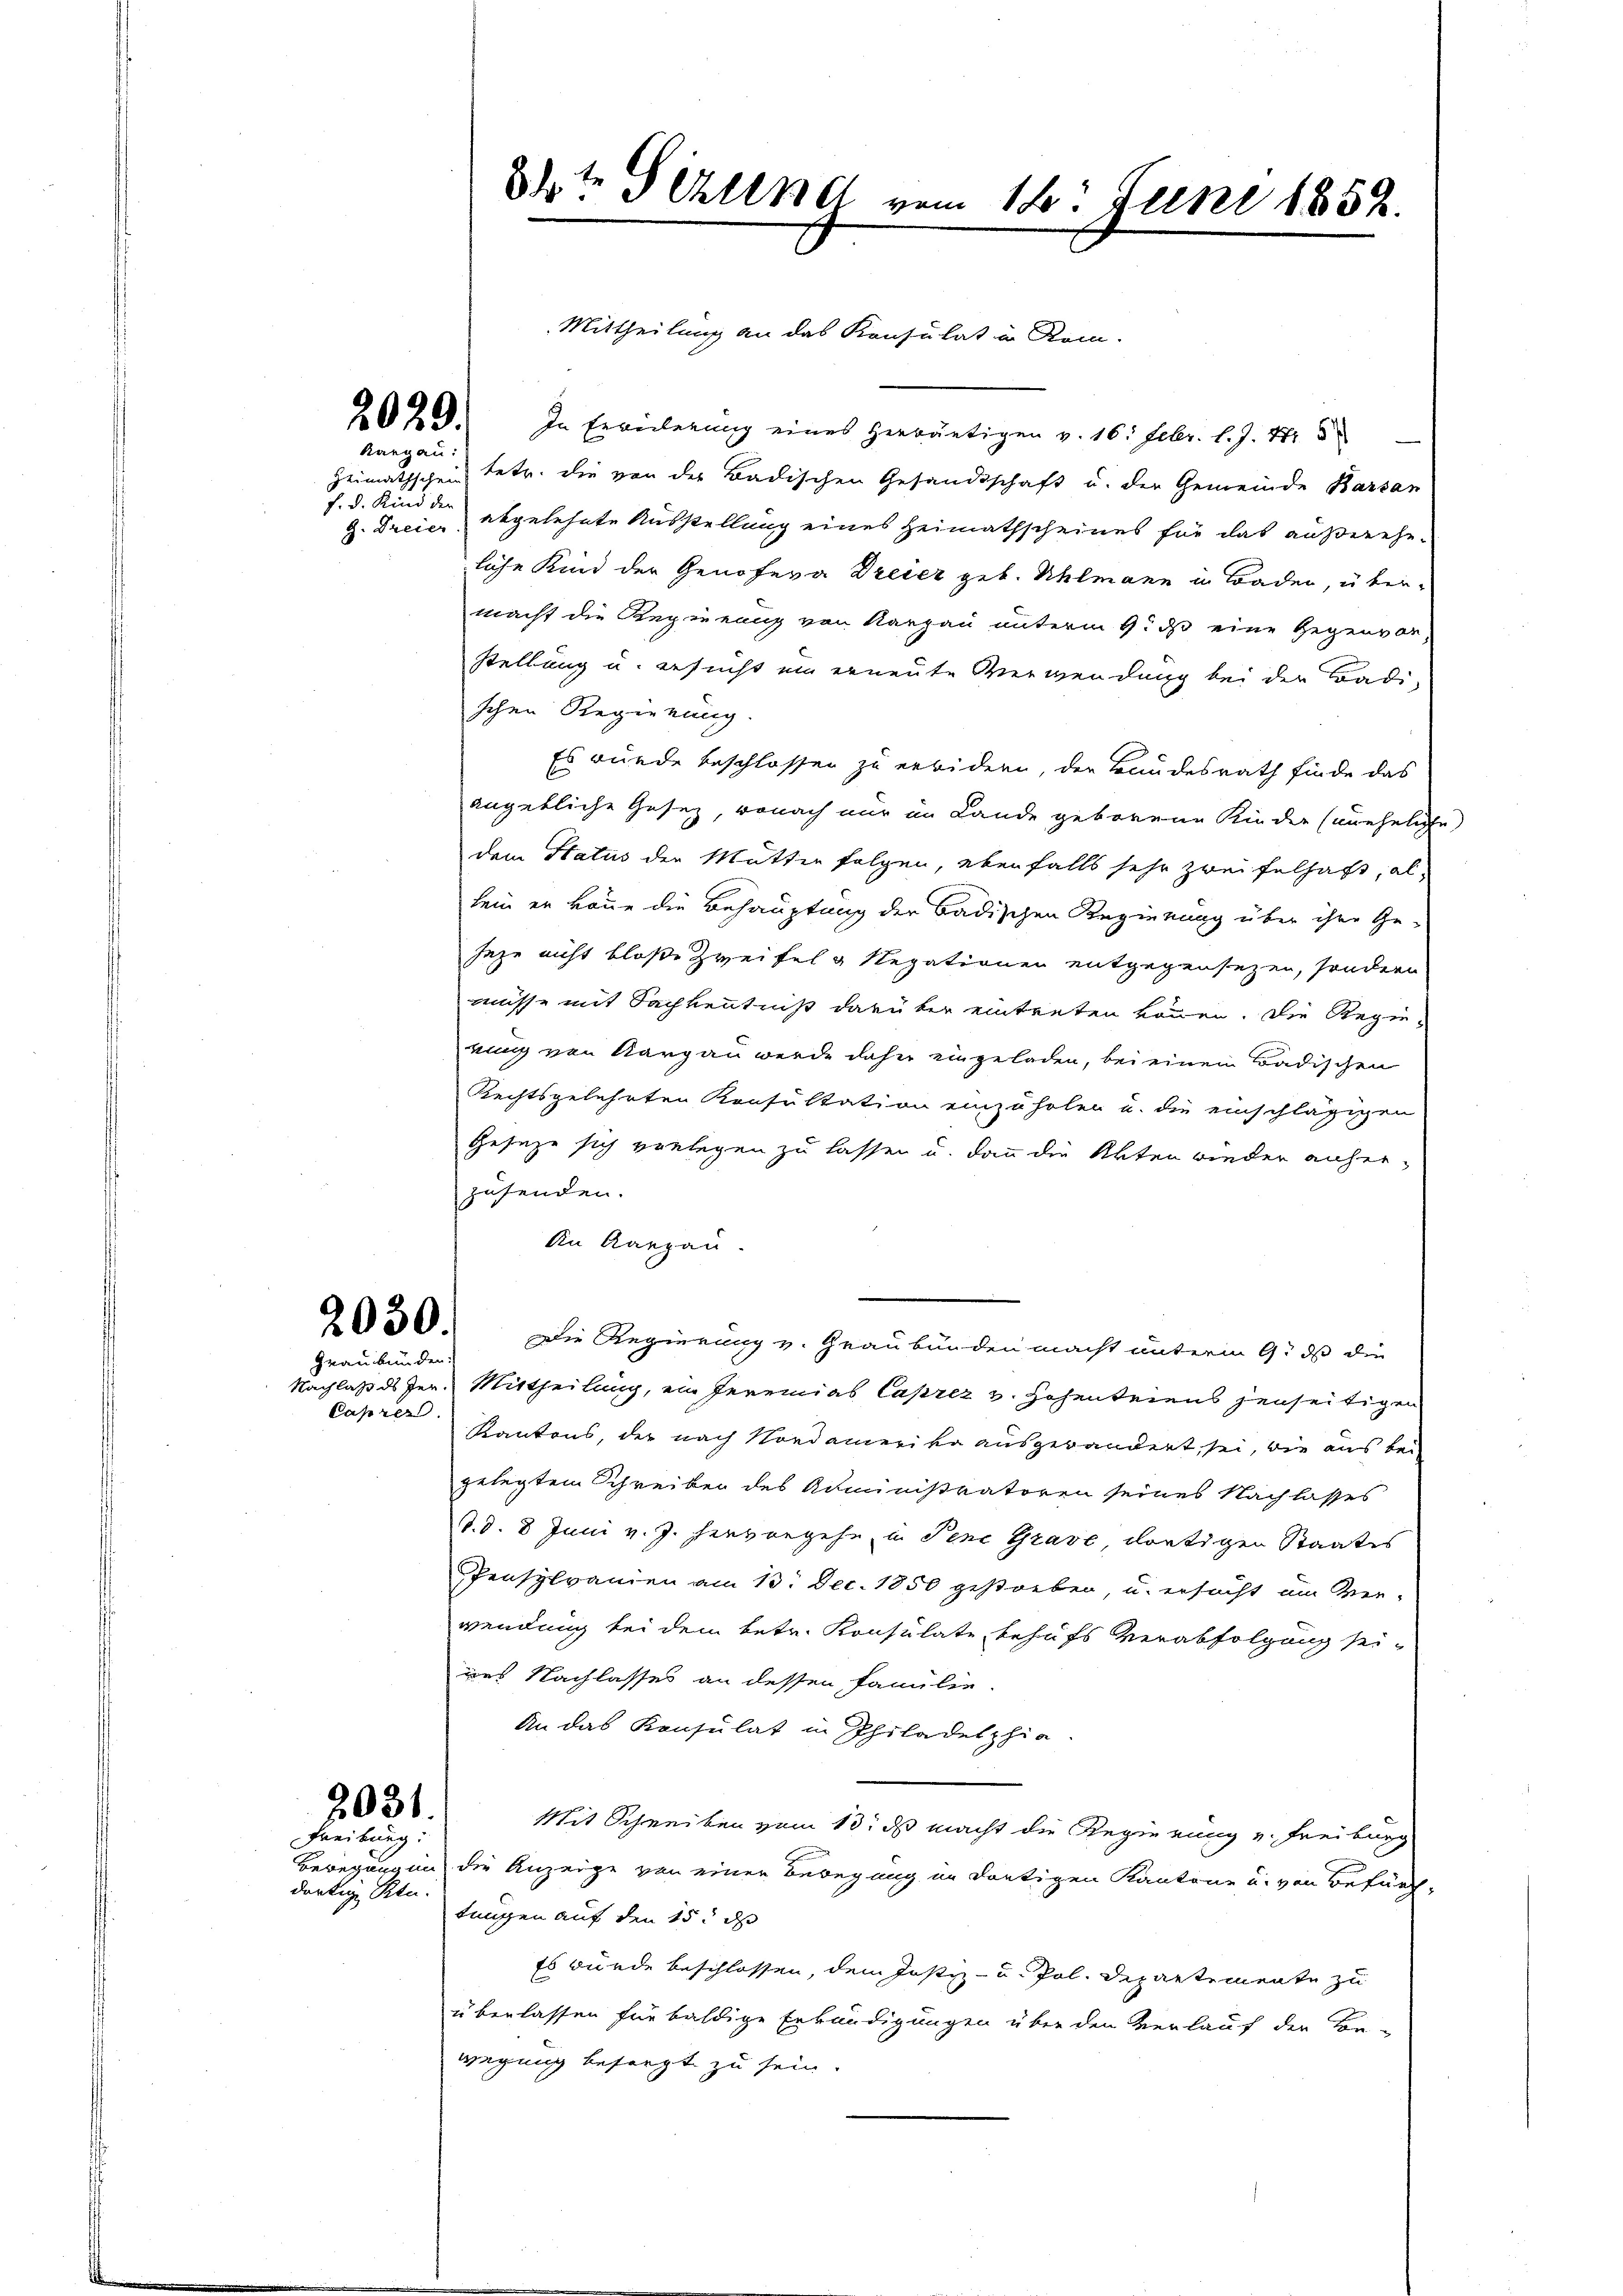
kangau:

f. d. Kind der

Graubünden.

Caprer.

2031.
Freiburg:

darkige Ren

Mittheilung an das Konsulat in Rein-
2029. In Erwiederung eines herwärtigen v. 16. Febr. l. J. Nr. 5
Heimathschein betr. die von der Badischen Gesandtschaft u. der Gemeinde Barsan
g. Dreien, abgelehnte Ausstellung eines Heimathscheines für das außereheliche Kind der Genofeva Dreier geb. Uhlmann in Baden, übermacht die Regierung von Aargau unterm 9. ds eine Gegenvor-
Stellung u. ersucht ein erneute Verwendung bei der Badi-
schen Regierung.
Es wurde beschlossen zu erbidern, der Bundesrath finde das
angebliche Gesetz, wonach nur im Lande geborene Kinder (uneheliche
dem Status der Mutter folgen, ebenfalls sehr zweifelhaft, al
lein er könne die Behauptung der Badischen Regierung über ihre Geseze nicht bloße Zweifel u Negationen entgegensezen, sondern
müsse mit Sachkenntniß darüber eintreten können. Die Regie-
rung von Aargau werde daher eingeladen, bei einen Badischen
Rechtsgelehrten Konsultation einzuholen u. die einschlägigen
Geseze sich verlegen zu lassen u. dann die Akten wieder anherzusenden.
An Aargau
2050. Die Regierung v. Graubünden macht unterm 9. ds die
Nachlaß ds Jer. Mittheilung, ein Jeremias Caprez v. Hohenteiens jenseitigen
Kantons, der nach Nordamerika ausgewandert sei, wie aus bei
gelegtem Schreiben des Administratoren seines Nachlasses
S.d. 8 Juni v. J. hervorgehe, in Pene Grave, dortigen Staates
Pensplanien am 13. Dec. 1850 gestorben, u. ersucht um Ver-
wendung bei dem betr. Konsulate behufs Verabfolgung seiuus Nachlasses an dessen Familie.
An das Konsulat in Philadelphia
Mit Schreiben vom 13. ds macht die Regierung v. Freiburg
Bewegungen die Anzeige von einer Bewegung in dortigen Kantone u. von Befürch-
tungen auf den 15t dh
Es würde beschlossen, dem Jostiz- u. Pol. Departemente zu
überlassen für baldige Erkundigungen über den Verlauf der Be-
wegung besorgt zu sein.

8te Schlend vom 18. Juni 1852.